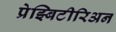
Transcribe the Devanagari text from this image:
प्रेझ्बिटीरिअन